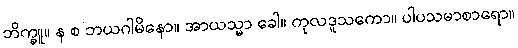
ဘိက္ခူ။ န စ ဘယဂါမိနော။ အာယသ္မာ ခေါ။ ကုလဒူသကော။ ပါပသမာစာရော။